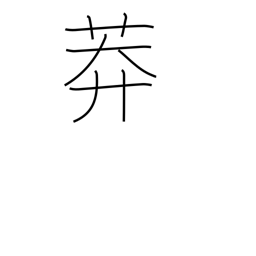
Meaning: grassy field